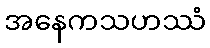
အနေကသဟဿံ